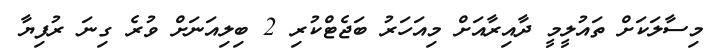
މިސާލަކަށް ތައުލީމީ ދާއިރާއަށް މިއަހަރު ބަޖެޓްކުރި 2 ބިލިއަނަށް ވުރެ ގިނަ ރުފިޔާ